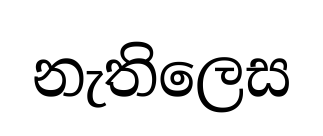
නැතිලෙස